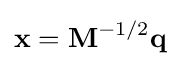
\mathbf {x} =\mathbf {M} ^{-1/2}\mathbf {q}